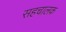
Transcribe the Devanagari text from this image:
सहचालक